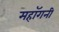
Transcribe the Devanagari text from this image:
महाॅगनी